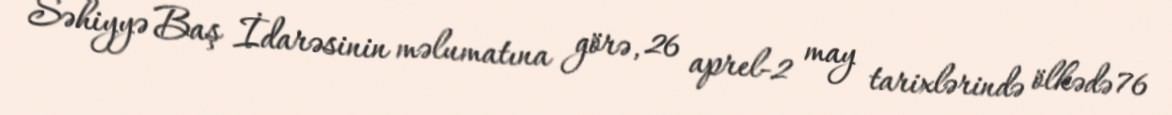
Səhiyyə Baş İdarəsinin məlumatına görə, 26 aprel-2 may tarixlərində ölkədə 76